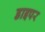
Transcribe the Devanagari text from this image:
डाइपर